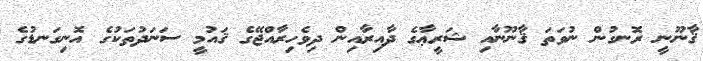
ޤާނޫނީ ރޮނގުން ނުވަތަ ޤާނޫނާއި ޝަރީޢާގެ ދާއިރާއިން ދިވެހިރާއްޖޭގެ ޤައުމީ ސަނަދުތަކުގެ އޮނިގަނޑުގެ